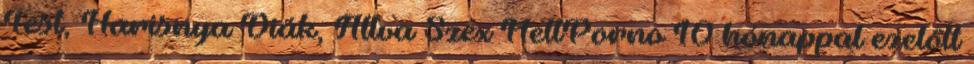
Test, Harisnya Diák, Állva Szex HellPorno 10 hónappal ezelőtt